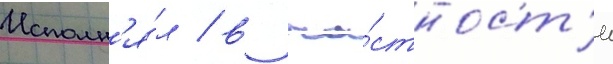
Исполн'я́л / в ча́стност'и